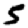
Digit: 5